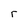
Character: r